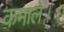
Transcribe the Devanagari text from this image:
कमाल।।